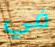
في